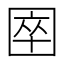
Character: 𡇻